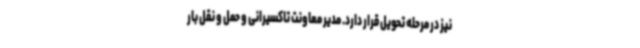
نیز در مرحله تحویل قرار دارد. مدیر معاونت تاکسیرانی و حمل و نقل بار